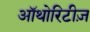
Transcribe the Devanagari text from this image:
ऑथोरिटीज़